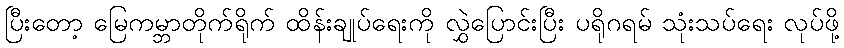
ပြီးတော့ မြေကမ္ဘာတိုက်ရိုက် ထိန်းချုပ်ရေးကို လွှဲပြောင်းပြီး ပရိုဂရမ် သုံးသပ်ရေး လုပ်ဖို့